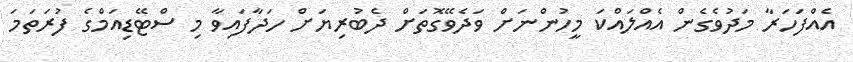
އެއްފަހަރާ މަދުވެގެން އެއްލައްކަ މީހުންނަށް ވަދެވޭގޮތަށް ދެބުރިޔަށް ހަދާފައިވާ މި ސްޓޭޑިއަމްގެ ފުރަތަމަ